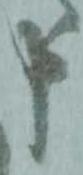
申